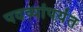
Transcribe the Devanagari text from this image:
पदव्यांपर्यंत